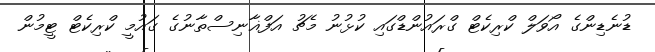
ޑުނެޑިންގެ އޯވަލް ކްރިކެޓް ގްރައުންޑްގައި ކުޅުނު މެޗު އަފްޣާނިސްތާނުގެ ގައުމީ ކްރިކެޓް ޓީމުން